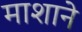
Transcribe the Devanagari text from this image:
माशाने